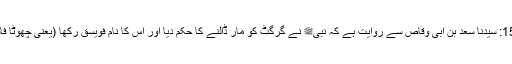
1500: سیدنا سعد بن ابی وقاصؓ سے روایت ہے کہ نبیﷺ نے گرگٹ کو مار ڈالنے کا حکم دیا اور اس کا نام فویسق رکھا (یعنی چھوٹا فاسق)۔